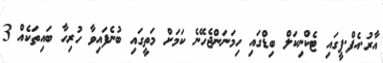
އާރު.އެފް.ޕީގައި ޓެކްނިކަލް ބިޑްގައި ހިމަނަންޖެހޭނެ ކަމަށް މަތީގައި ބުނެފައިވާ ހުރިހާ ބައިތަކެއް 3